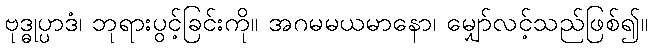
ဗုဒ္ဓုပ္ပာဒံ၊ ဘုရားပွင့်ခြင်းကို။ အဂမမယမာနော၊ မျှော်လင့်သည်ဖြစ်၍။